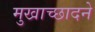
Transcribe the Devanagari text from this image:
मुखाच्छादने